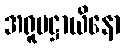
အရူပဋ္ဌာယိနော